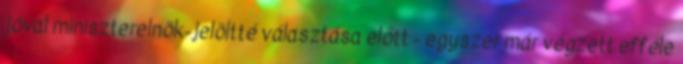
jóval miniszterelnök-jelöltté választása előtt - egyszer már végzett efféle